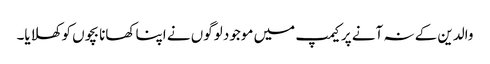
والدین کے نہ آنے پر کیمپ میں موجود لوگوں نے اپنا کھانا بچوں کو کھلایا۔